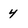
Character: 4